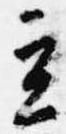
立